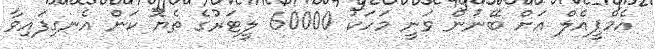
އެމްޕީއެލް އަށް ބޭނުން ވަނީ މަހަކު 60000 ލީޓަރުގެ ތެޔޮ ކަން އެނގިފައިވާ